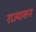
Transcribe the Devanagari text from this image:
राज्यासन